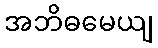
အဘိဓမေယျ